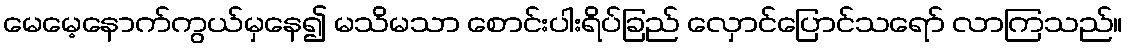
မေမေ့နောက်ကွယ်မှနေ၍ မသိမသာ စောင်းပါးရိပ်ခြည် လှောင်ပြောင်သရော် လာကြသည်။